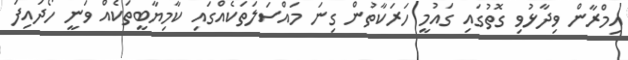
އިމްރާން ވިދާޅުވި ގޮތުގައި ގައުމީ ހަރަކާތުން ގިނަ މައްސަލަތަކެއްގައި ކާމިޔާބީތަކެއް ވަނީ ހޯދައިފަ